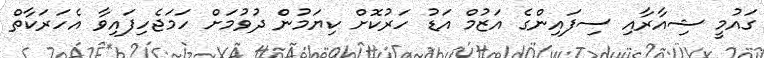
ގައުމީ ޝިއާރާއި ސިފައިންގެ އަޒުމް އަޑު ހަރުކޮށް ކިޔަމުން ދުވުމަށް ހަމަޖެހިފައިވާ އެހަރަކާތް